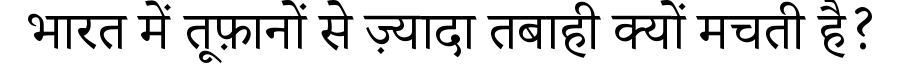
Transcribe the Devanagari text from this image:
भारत में तूफ़ानों से ज़्यादा तबाही क्यों मचती है?